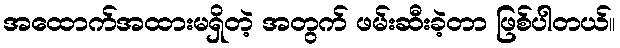
အထောက်အထားမရှိတဲ့ အတွက် ဖမ်းဆီးခဲ့တာ ဖြစ်ပါတယ်။